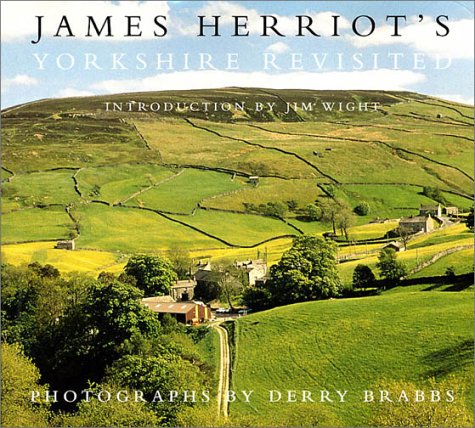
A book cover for James Herriot's Yorkshire Revisited; James Herriot; Travel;